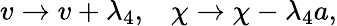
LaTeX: v\rightarrow v+\lambda_{4},\; \; \; \chi\rightarrow\chi-\lambda_{4}a,